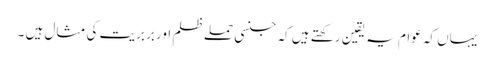
یہاں کہ عوام یہ یقین رکھتے ہیں کہ جنسی حملے ظلم اور بربریت کی مثال ہیں ۔